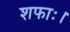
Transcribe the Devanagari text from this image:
शफाः।